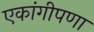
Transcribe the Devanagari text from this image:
एकांगीपणा